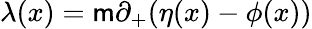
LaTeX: {\lambda}(x)=\mathsf{m}{\partial}_{+}({\eta}(x)-{\phi}(x))